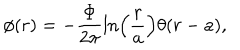
LaTeX: \phi ( r ) = - \displaystyle \frac { \Phi } { 2 \pi } \ln \left( \displaystyle \frac { r } { a } \right) \theta ( r - a ) ,